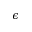
\epsilon